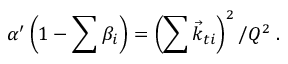
\alpha ^ { \prime } \left( 1 - \sum \beta _ { i } \right) = \left( \sum \vec { k } _ { t i } \right) ^ { 2 } / Q ^ { 2 } \; .